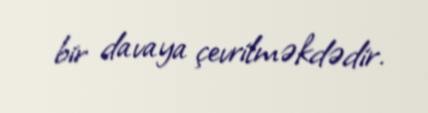
bir davaya çevrilməkdədir.